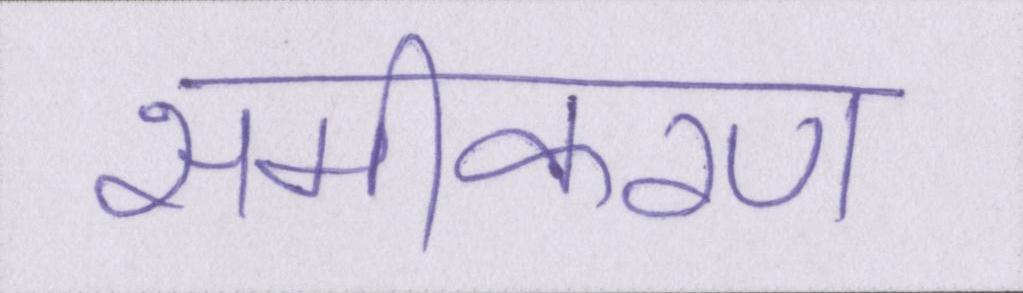
समीकरण